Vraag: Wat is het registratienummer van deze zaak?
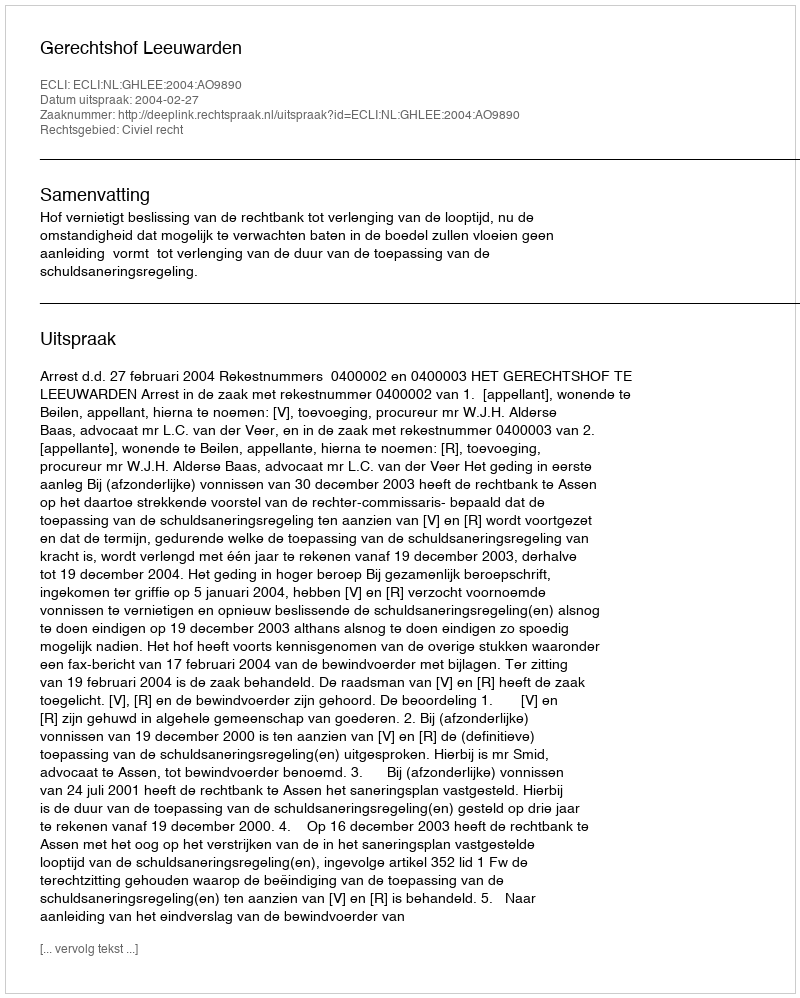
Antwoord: http://deeplink.rechtspraak.nl/uitspraak?id=ECLI:NL:GHLEE:2004:AO9890